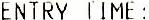
ENTRY TIME :